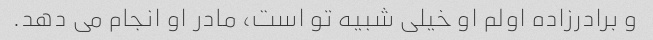
و برادرزاده اولم او خیلی شبیه تو است، مادر او انجام می دهد.